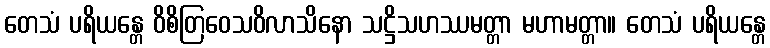
တေသံ ပရိယန္တေ ဝိစိတြဝေသဝိလာသိနော သဋ္ဌိသဟဿမတ္တာ မဟာမတ္တာ။ တေသံ ပရိယန္တေ